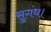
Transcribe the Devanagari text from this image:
सुगंध।